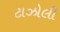
ટાઝોલી